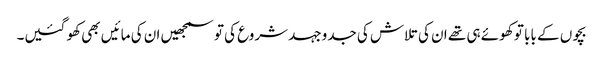
بچوں کے بابا تو کھوئے ہی تھے ان کی تلاش کی جدوجہد شروع کی تو سمجھیں ان کی مائیں بھی کھو گئیں۔